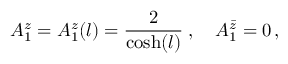
A _ { 1 } ^ { z } = A _ { 1 } ^ { z } ( l ) = \frac { 2 } { \cosh ( l ) } \; , \quad A _ { 1 } ^ { \bar { z } } = 0 \, ,